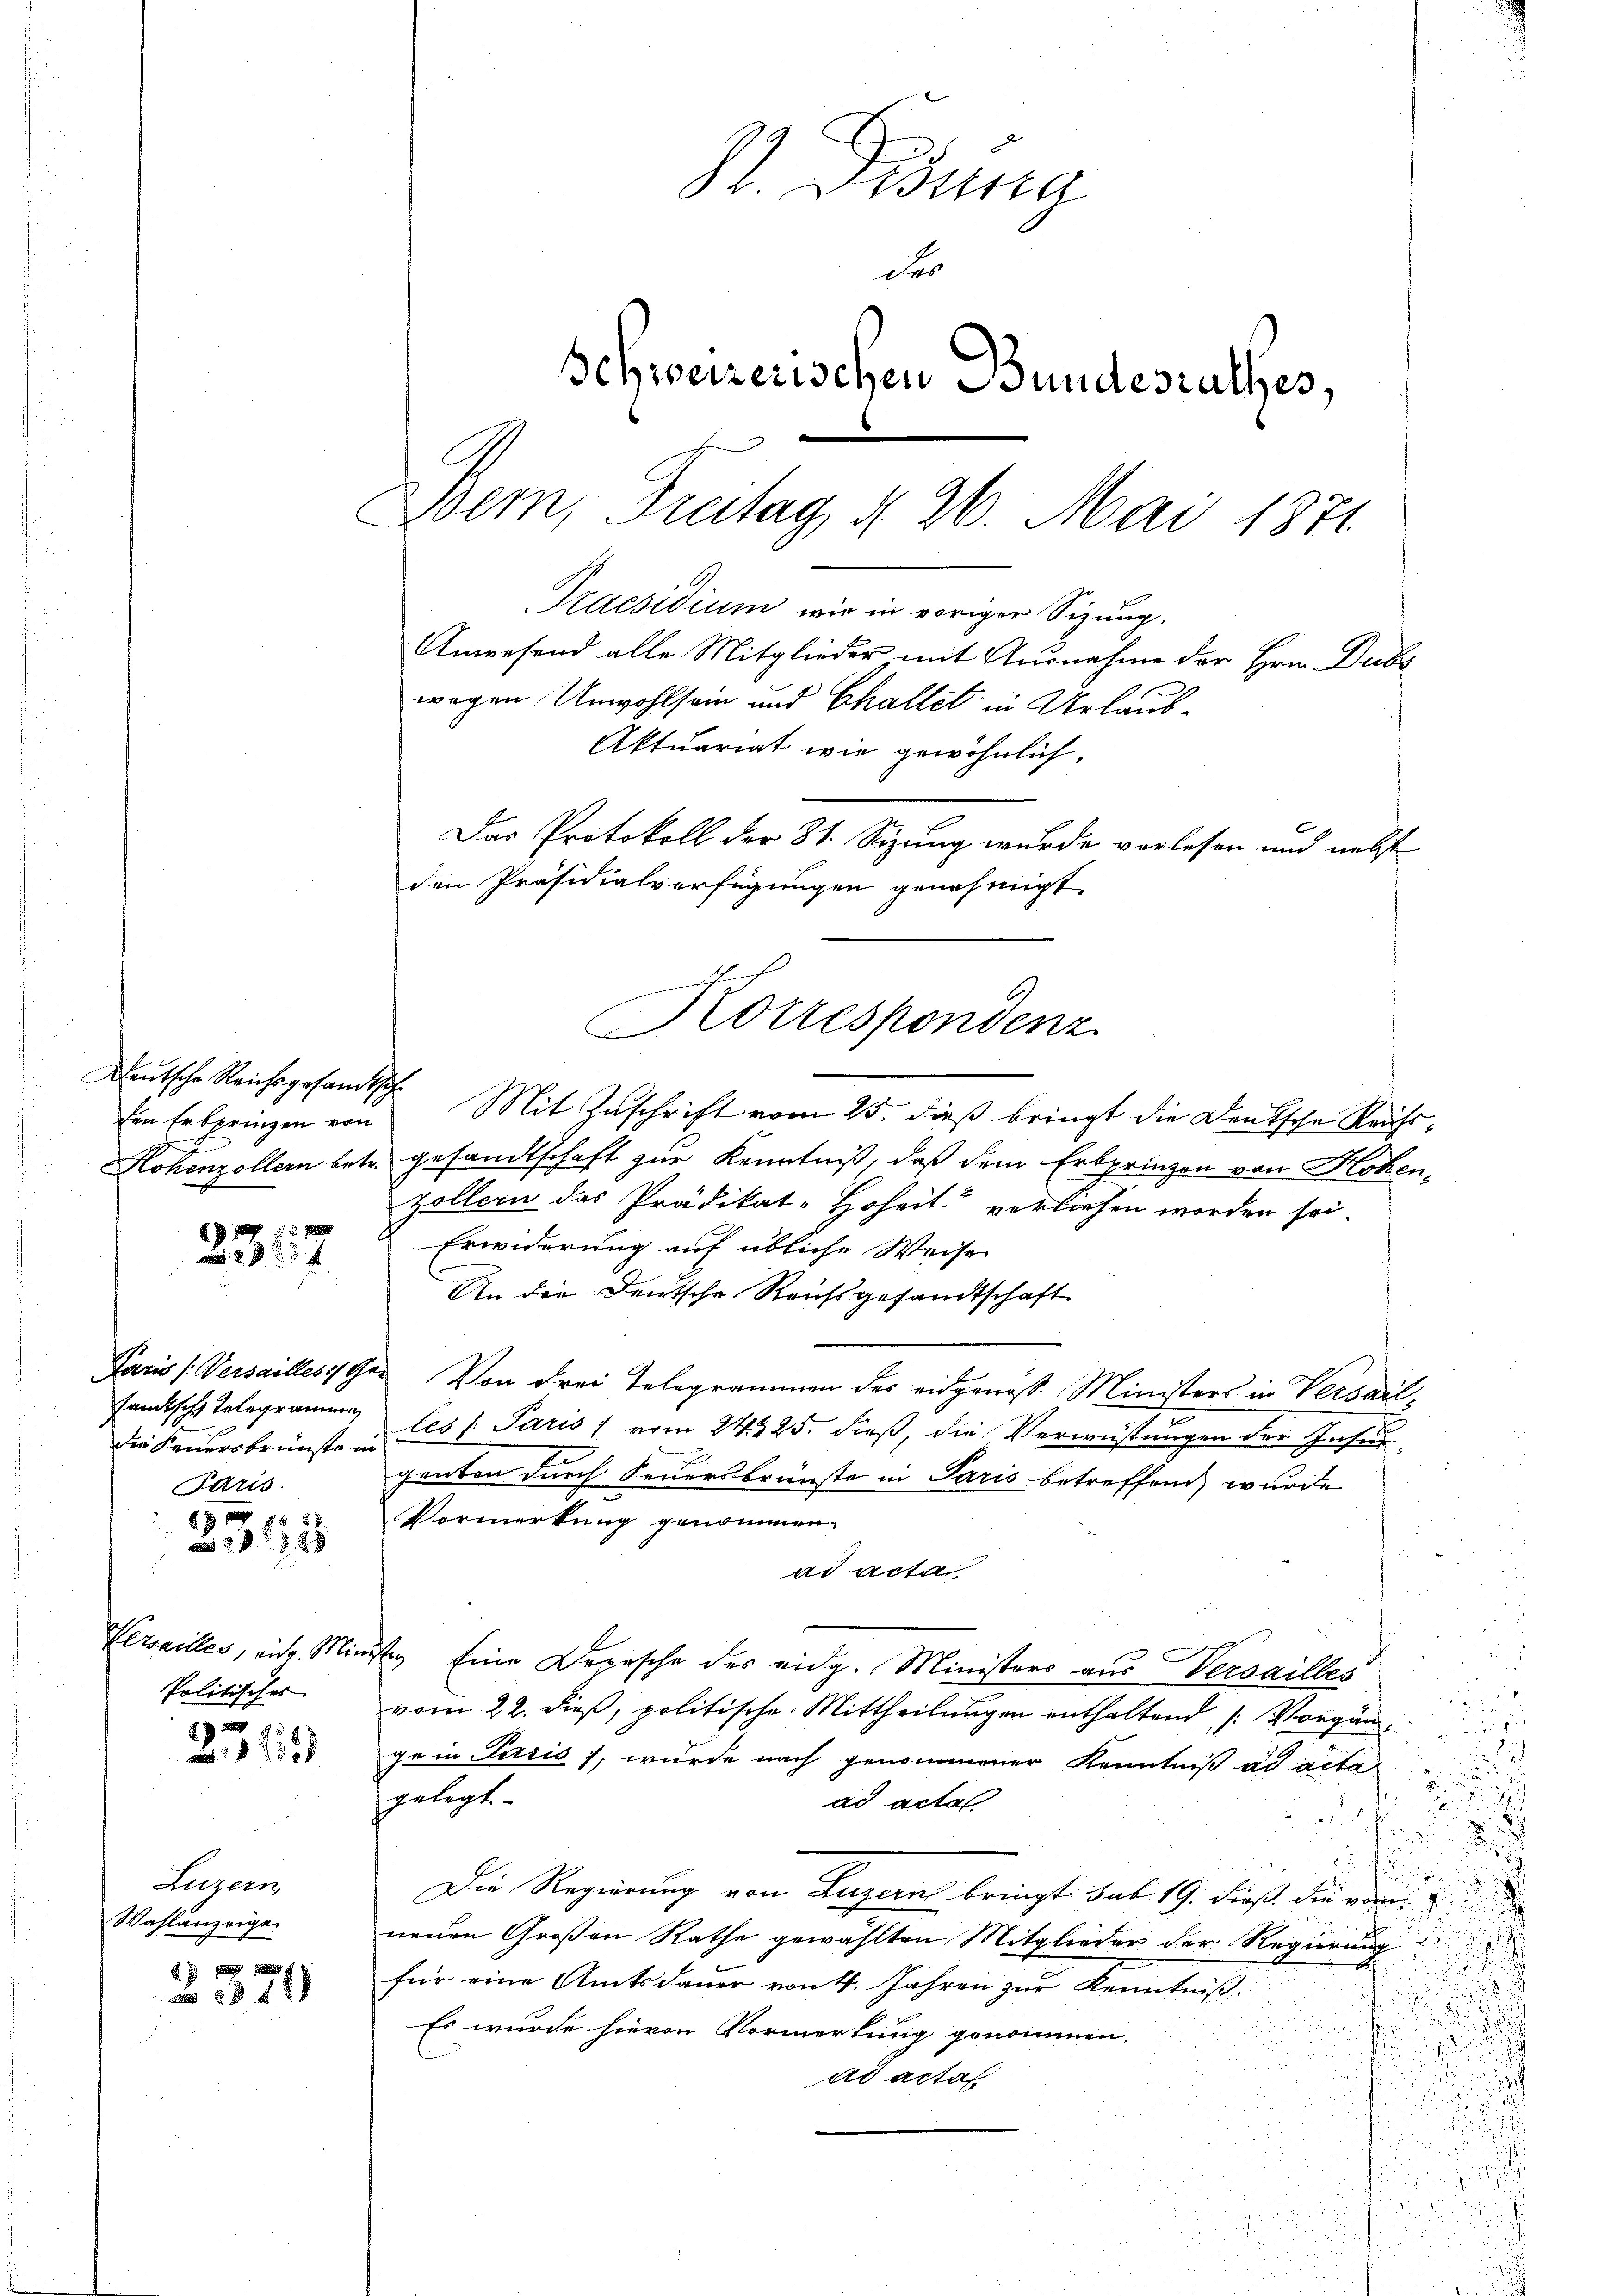
17
57

sandtsche Telegrammen
die Feuersbrünste in
Paris.

4
8
48 x
a 1858

Pewailles, eine Min
Politisches

97.
 f 18 x

Luzern,
Wahlanzeige.

der
344

St. Gesuna
der
Schweizerischen Bundesrathes,
Wem, Freitag N. 26. Mai 1871
Praesidium wie in voriger Sizung.
Anwesend alle Mitglieder mit Ausnahme der Hrn. Dubs
.
wegen Unwohlsein und Challet in Urlaub¬
Aktuariat wie gewöhnlich.
Das Protokoll der 31. Sizung wurde verlesen und nebst
den Präsidialverfügungen genehmigt.

Deutsche Reichsgesandtsch.
den Erbpringen von
Hohenzollern betr.

Mit Zuschrift vom 25. dieß bringt die Deutsche Reichsgesandtschaft zur Kenntniß, daß dem Erbprinzen von Hohen-
zöllern das Prädikat-Hoheit verliehen worden sei.
Erwiderung auf übliche Weise
An die Deutsche Raufsgesandtschaft
Paris Versailles der Von drei Telegrammen der eidgenöß. Ministers in Versailles Paris vom 24325. dieß, die Verweistungen der Insu-
genten durch Feuersbrünste in Paris betreffend wurde
Vormerkung genommen.
ad acta
7
2. Eine Depesche des eidg. Ministers aus Versailbes
vom 22. dieß, politische Mittheilungen enthaltend /: Vorgänge in Paris), wurde nach genommener Kenntniß ad acta
.
gelegt.
ad acta

u
Die Regierung von Luzern bringt sub 19. dieß die vorneuen Großen Rathe gewählten Mitglieder der Regierung
für eine Amtsdauer von 4. Jahren zur Kenntniß
Es wurde hievon Vormerkung genommen.
ad actat

Korrespondenz